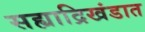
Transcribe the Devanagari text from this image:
सह्याद्रिखंडात